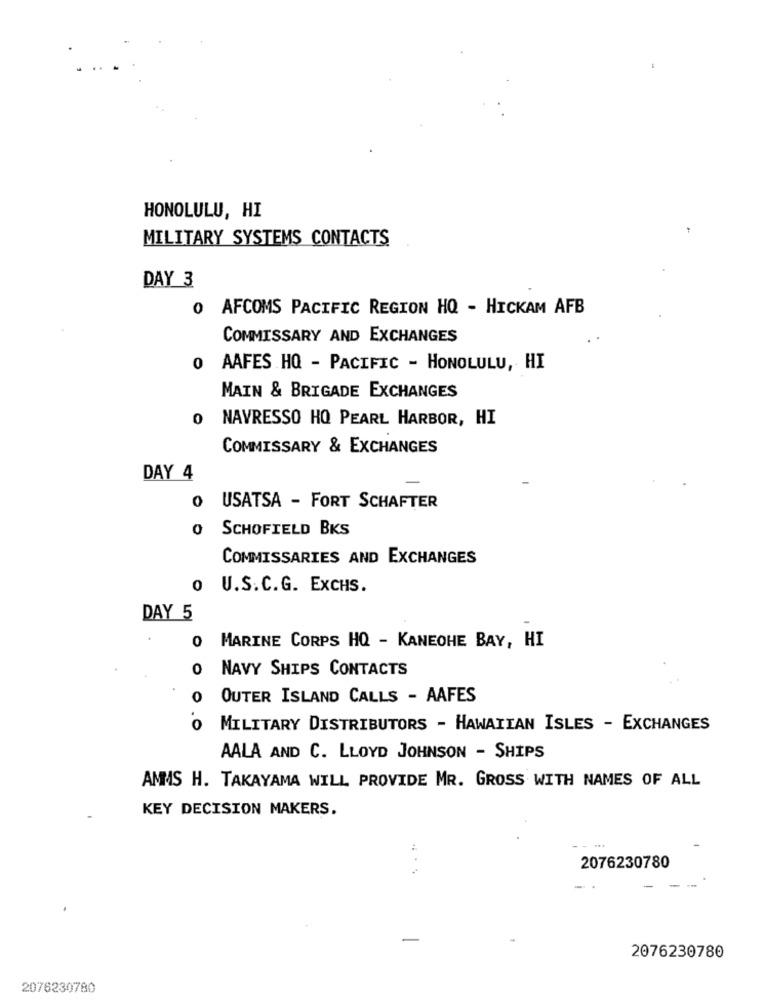
HONOLULU, HI
MILITARY SYSTEMS CONTACTS
DAY 3
0 AFCOMS PACIFIC REGION HQ - HICKAM AFB
COMMISSARY AND EXCHANGES
0 AAFES HQ - PACIFIC - HONOLULU, HI
MAIN & BRIGADE EXCHANGES
0 NAVRESSO HQ PEARL HARBOR, HI
COMMISSARY & EXCHANGES
DAY 4
0 USATSA - FORT SCHAFTER
0 SCHOFIELD BKS
COMMISSARIES AND EXCHANGES
o U.S.C.G. ExCHS.
DAY 5
O MARINE CORPS HQ - KANEOHE BAY, HI
O NAVY SHIPS CONTACTS
0
OUTER ISLAND CALLS - AAFES
0
MILITARY DISTRIBUTORS - HAWAIIAN ISLES - EXCHANGES
AALA AND C. LLOYD JOHNSON - SHIPS
AMMS H. TAKAYAMA WILL PROVIDE MR. GROSS WITH NAMES OF ALL
KEY DECISION MAKERS.
2076230780
2076230780
2076230780